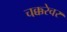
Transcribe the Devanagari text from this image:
चक्करेवर